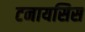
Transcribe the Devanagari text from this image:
टनायसिस